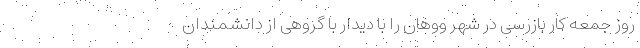
روز جمعه کار بازرسی در شهر ووهان را با دیدار با گروهی از دانشمندان